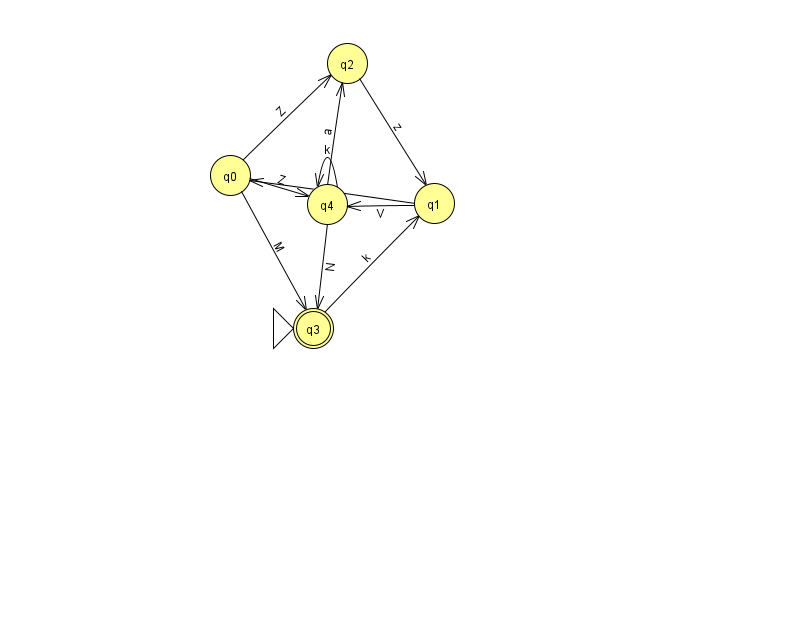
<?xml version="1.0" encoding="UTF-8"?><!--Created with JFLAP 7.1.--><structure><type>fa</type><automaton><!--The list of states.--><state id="0" name="q0"><x>230.0</x><y>162.0</y></state><state id="1" name="q1"><x>434.0</x><y>190.0</y></state><state id="2" name="q2"><x>347.0</x><y>50.0</y></state><state id="3" name="q3"><x>313.0</x><y>315.0</y><initial/><final/></state><state id="4" name="q4"><x>327.0</x><y>191.0</y></state><!--The list of transitions.--><transition><from>0</from><to>4</to><read>Z</read></transition><transition><from>1</from><to>0</to><read>G</read></transition><transition><from>4</from><to>3</to><read>N</read></transition><transition><from>2</from><to>1</to><read>z</read></transition><transition><from>1</from><to>4</to><read>V</read></transition><transition><from>4</from><to>4</to><read>k</read></transition><transition><from>0</from><to>2</to><read>Z</read></transition><transition><from>4</from><to>2</to><read>a</read></transition><transition><from>0</from><to>3</to><read>M</read></transition><transition><from>3</from><to>1</to><read>k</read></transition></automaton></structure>